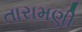
તારામણી